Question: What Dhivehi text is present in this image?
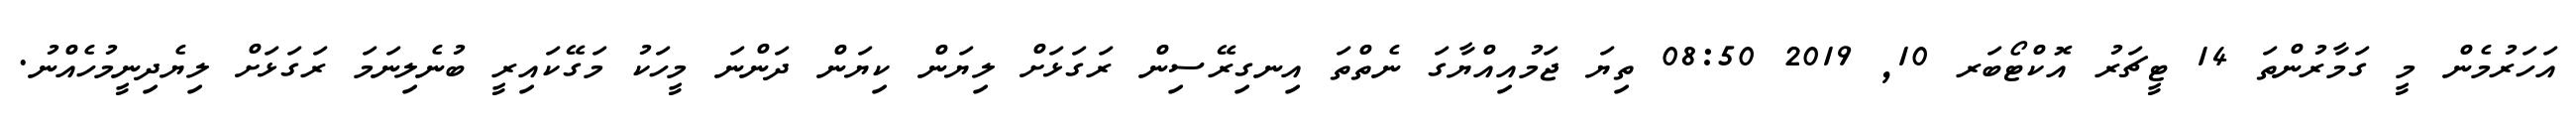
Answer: އަހަރުމެން މީ ގަމާރުންތަ 14 ޓީޗަރު އޮކްޓޯބަރ 10, 2019 08:50 ތިޔަ ޖަމުއިއްޔާގަ ނެތްތަ އިނގިރޭސިން ރަގަޅަށް ލިޔަން ކިޔަން ދަންނަ މީހަކު މަގޭކައިރީ ބުނެލިނަމަ ރަގަޅަށް ލިޔެދިނީމުހެއްނު.